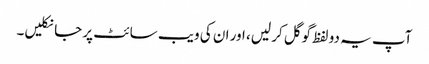
آپ یہ دو لفظ گوگل کر لیں، اور ان کی ویب سائٹ پر جا نکلیں۔